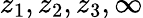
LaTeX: z_{1},z_{2},z_{3},\infty